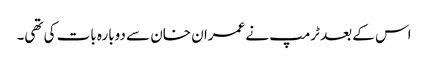
اس کے بعد ٹرمپ نے عمران خان سے دوبارہ بات کی تھی۔